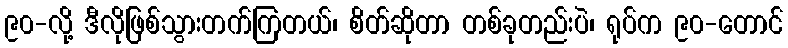
၉၀-လို့ ဒီလိုဖြစ်သွားတက်ကြတယ်၊ စိတ်ဆိုတာ တစ်ခုတည်းပဲ၊ ရုပ်က ၉၀-တောင်